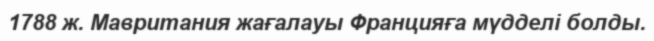
1788 ж. Мавритания жағалауы Францияға мүдделі болды.